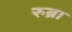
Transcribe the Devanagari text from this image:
रुब्रा